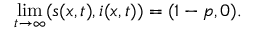
\operatorname* { l i m } _ { t \rightarrow \infty } ( s ( x , t ) , i ( x , t ) ) = ( 1 - p , 0 ) .